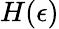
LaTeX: H(\epsilon)